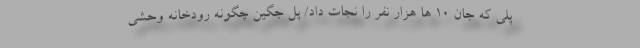
پلی که جان ۱۰ ها هزار نفر را نجات داد/ پل جگین چگونه رودخانه وحشی